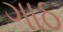
ગાઠ